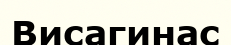
Висагинас